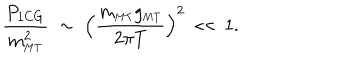
\frac { P _ { \mathrm { 1 C G } } } { m _ { \mathrm { \scriptscriptstyle { M T } } } ^ { 2 } } \; \sim \; \left( \frac { m _ { \mathrm { \scriptscriptstyle { M T } } } g _ { \mathrm { \scriptscriptstyle { M T } } } } { 2 \pi T } \right) ^ { 2 } \; \ll \; 1 .